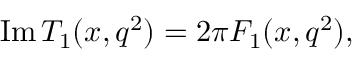
\mathrm { I m } \, T _ { 1 } ( x , q ^ { 2 } ) = 2 \pi F _ { 1 } ( x , q ^ { 2 } ) ,